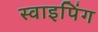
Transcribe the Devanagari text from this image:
स्वाइपिंग